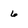
Character: 6